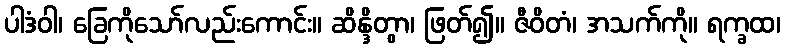
ပါဒံဝါ၊ ခြေကိုသော်လည်းကောင်း။ ဆိန္ဒိတွာ၊ ဖြတ်၍။ ဇီဝိတံ၊ အသက်ကို။ ရက္ခထ၊